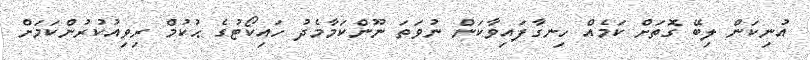
އުނިކަން ލިބޭ ގޮތަށް ކަމެއް ހިނގާފައިވާކަން ނުވަތަ ނޫންކަމާމެދު ހައިކޯޓުގެ ޙުކުމް ރިވިއުކުރުންކަމަށް